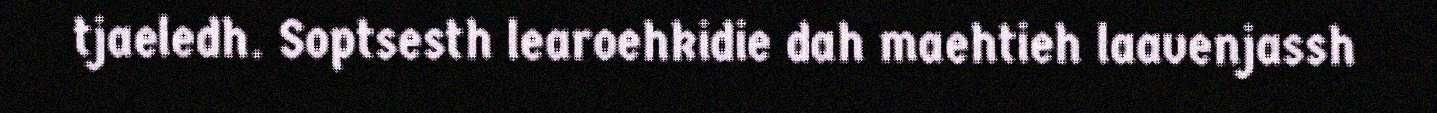
tjaeledh. Soptsesth learoehkidie dah maehtieh laavenjassh